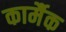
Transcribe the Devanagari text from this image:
कार्मैक